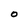
Character: O